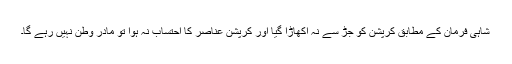
شاہی فرمان کے مطابق کرپشن کو جڑ سے نہ اکھاڑا گیا اور کرپشن عناصر کا احتساب نہ ہوا تو مادر وطن نہیں رہے گا۔